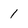
Character: 1